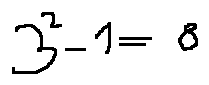
3 ^ { 2 } - 1 = 8